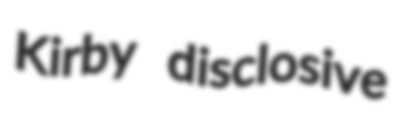
Kirby disclosive